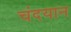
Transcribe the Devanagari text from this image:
चंदयान